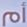
أم